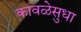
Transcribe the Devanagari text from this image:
कावळेसुधा